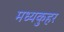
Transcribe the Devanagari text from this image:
मध्यकुहर